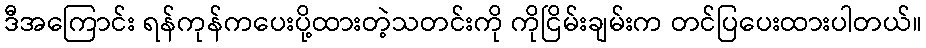
ဒီအကြောင်း ရန်ကုန်ကပေးပို့ထားတဲ့သတင်းကို ကိုငြိမ်းချမ်းက တင်ပြပေးထားပါတယ်။